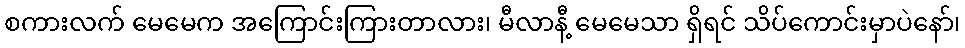
စကားလက် မေမေက အကြောင်းကြားတာလား၊ မီလာနီ့ မေမေသာ ရှိရင် သိပ်ကောင်းမှာပဲနော်၊